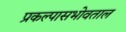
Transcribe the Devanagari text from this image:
प्रकल्पासभोवताल